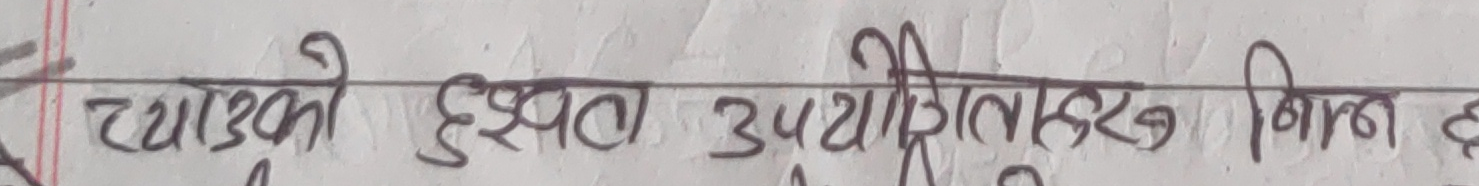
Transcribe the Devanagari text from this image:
च्याउको मुख्य उपयोगिताहरु निम्न छ